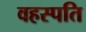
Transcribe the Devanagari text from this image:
वहस्पति